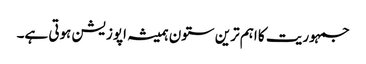
جمہوریت کا اہم ترین ستون ہمیشہ اپوزیشن ہوتی ہے۔